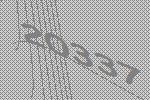
20337